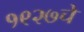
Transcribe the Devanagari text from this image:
१९२७चे